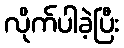
လိုက်ပါခဲ့ပြီး